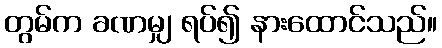
တွမ်က ခဏမျှ ရပ်၍ နားထောင်သည်။